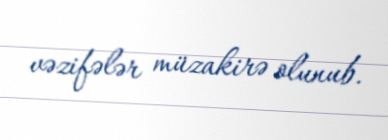
vəzifələr müzakirə olunub.